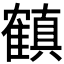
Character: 𬯳